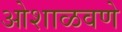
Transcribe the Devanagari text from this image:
ओशाळवणे